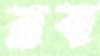
রব